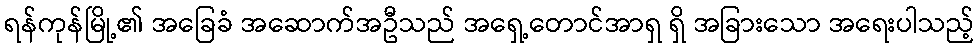
ရန်ကုန်မြို့၏ အခြေခံ အဆောက်အဦသည် အရှေ့တောင်အာရှ ရှိ အခြားသော အရေးပါသည့်